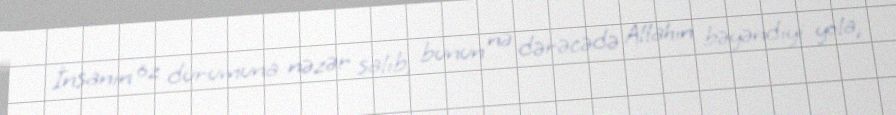
İnsanın öz durumuna nəzər salıb, bunun nə dərəcədə Allahın bəyəndiyi yola,